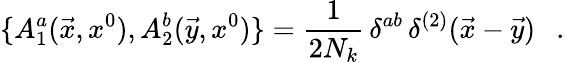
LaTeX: \{ A_{1}^{a}(\vec{x},x^{0}),A_{2}^{b}(\vec{y},x^{0})\} =\frac{1}{2N_{k}}\, \delta^{ab}\, \delta^{(2)}(\vec{x}-\vec{y})\ \ \ .